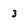
Character: 3